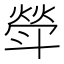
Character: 𣂈